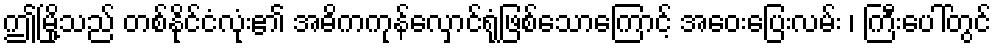
ဤမြို့သည် တစ်နိုင်ငံလုံး၏ အဓိကကုန်လှောင်ရုံဖြစ်သောကြောင့် အဝေးပြေးလမ်း ၊ ကြီးပေါ်တွင်